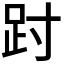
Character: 𫏀